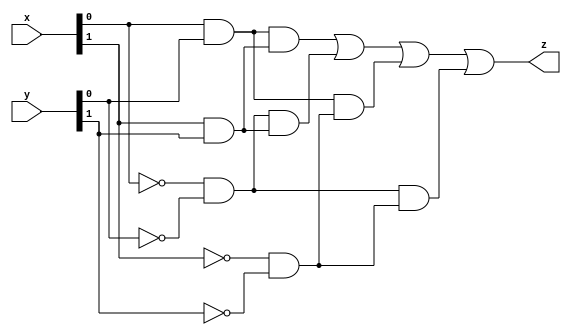
module comparator2bit(
    input [1:0] x,
    input [1:0] y,
    output z
);

    assign z = ( (x[0] & y[0]) & (x[1] & y[1]) ) |
               ( (~x[0] & ~y[0]) & (x[1] & y[1]) ) |
               ( (x[0] & y[0]) & (~x[1] & ~y[1]) ) |
               ( (~x[0] & ~y[0]) & (~x[1] & ~y[1]));
endmodule